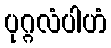
ပုဂ္ဂလံပါဟံ